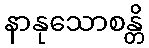
နာနုသောစန္တိ